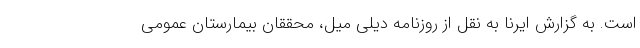
است. به گزارش ایرنا به نقل از روزنامه دیلی میل، محققان بیمارستان عمومی